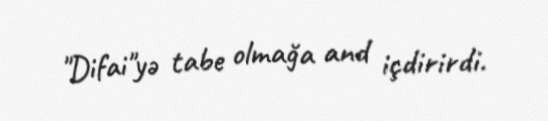
"Difai"yə tabe olmağa and içdirirdi.